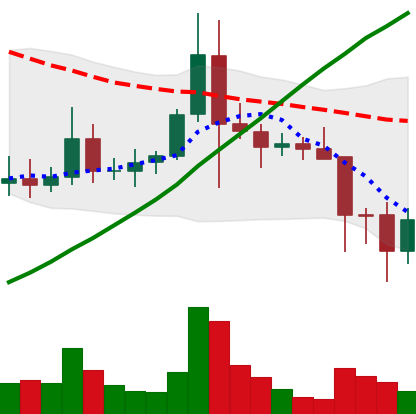
Ticker: ADA-USD
Chart end date: 2021-11-19
Forward return: -9.565%
Label: down_7plus